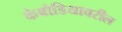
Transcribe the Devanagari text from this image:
कंबोडियावरील